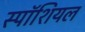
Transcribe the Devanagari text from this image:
स्पॉशियल